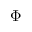
\Phi